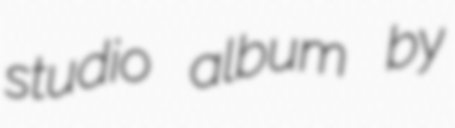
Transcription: studio album by